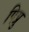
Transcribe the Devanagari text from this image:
पिप्रु